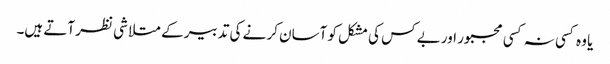
یا وہ کسی نہ کسی مجبور اور بے کس کی مشکل کو آسان کر نے کی تدبیر کے متلا شی نظر آتے ہیں۔